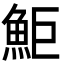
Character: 鮔